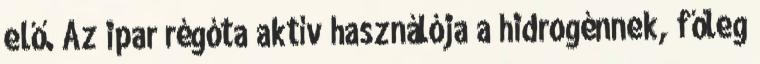
elő. Az ipar régóta aktív használója a hidrogénnek, főleg